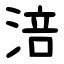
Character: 涪